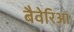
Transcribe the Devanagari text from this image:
बैवेरिआ